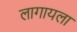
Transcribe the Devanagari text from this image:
लागायला